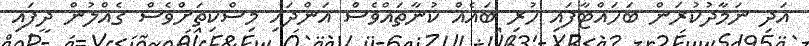
އަދި ނަމާދުކުރަން ބަހައްޓާފައި ހުރި ބައެއް ކުނާތައްވެސް އަންދައި މިސްކިތަށްވެސް ގެއްލުން ދީފައި